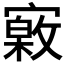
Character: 𡫎